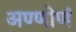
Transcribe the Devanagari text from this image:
अण्णोणं